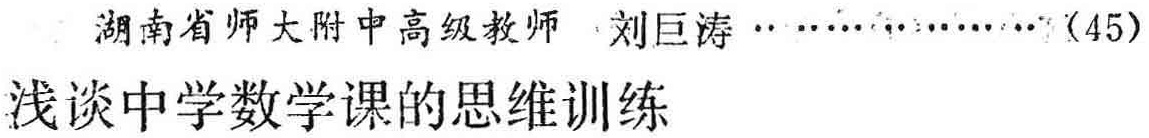
湖南省师大附中高级教师 刘巨涛 \ldots\ldots\ldots\ldots\ldots (45)\\

浅谈中学数学课的思维训练